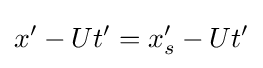
x'-Ut'=x_{s}'-Ut'